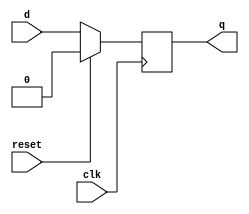
module dflip_flop(q,d,clk,reset);

output q;
input d,clk,reset;
reg q;


always @(posedge clk)

if(reset)
 q=1'b0;
else
 q=d;

endmodule

module test_bench;
reg d,clk,reset;
wire q;
 
dflip_flop dflp(q,d,clk,reset);
initial
 clk=1'b0;
always
 #2 clk=~clk;

initial
begin

#5 d=1;reset=1'b0;
#10 d=1;reset=1'b1;
#50 d=1;reset=1'b0;
#70 $finish;
end
always @(posedge clk)
$monitor($time,"d=%b,q=%b",d,q);

endmodule